Scottish Certificate of Education, 1962
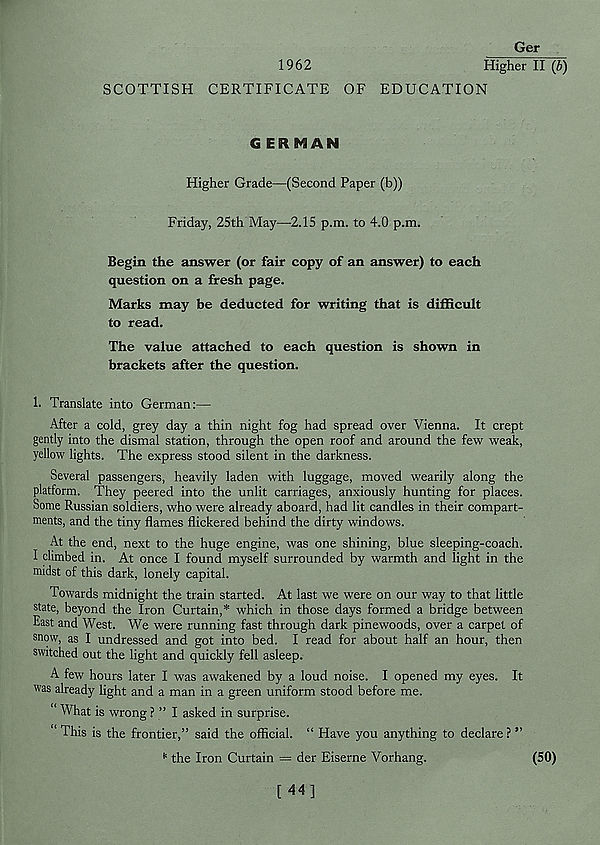
Ger
1962
Higher II (b)
SCOTTISH CERTIFICATE OF EDUCATION
G ERMAN
Higher Grade—(Second Paper (b))
Friday, 25th May—2.15 p.m. to 4.0 p.m.
Begin the answer (or fair copy of an answer) to each
question on a fresh page.
Marks may be deducted for writing that is difficult
to read.
The value attached to each question is shown in
brackets after the question.
1. Translate into German:—
After a cold, grey day a thin night fog had spread over Vienna. It crept
gently into the dismal station, through the open roof and around the few weak,
yellow lights. The express stood silent in the darkness.
Several passengers, heavily laden with luggage, moved wearily along the
platform. They peered into the unlit carriages, anxiously hunting for places.
Some Russian soldiers, who were already aboard, had lit candles in their compart-
ments, and the tiny flames flickered behind the dirty windows.
At the end, next to the huge engine, was one shining, blue sleeping-coach.
I climbed in. At once I found myself surrounded by warmth and light in the
midst of this dark, lonely capital.
Towards midnight the train started. At last we were on our way to that little
state, beyond the Iron Curtain,* which in those days formed a bridge between
East and West. We were running fast through dark pinewoods, over a carpet of
snow, as I undressed and got into bed. I read for about half an hour, then
switched out the light and quickly fell asleep.
A few hours later I was awakened by a loud noise. I opened my eyes. It
was already light and a man in a green uniform stood before me.
“ What is wrong ? ” I asked in surprise.
“ This is the frontier,” said the official. “ Have you anything to declare? ”
the Iron Curtain — der Eiserne Vorhang.
[44]
(50)